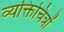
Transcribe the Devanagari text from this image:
व्यक्तिचित्रों